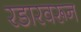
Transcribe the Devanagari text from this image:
रडारवरून